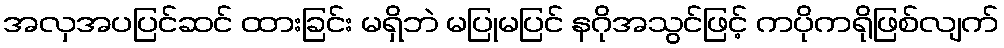
အလှအပပြင်ဆင် ထားခြင်း မရှိဘဲ မပြုမပြင် နဂိုအသွင်ဖြင့် ကပိုကရိုဖြစ်လျက်